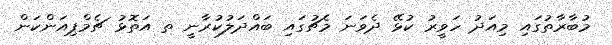
މުބާރާތުގައި މިއަދު ހަވީރު ކުޅޭ ދެވަނަ މެޗުގައި ބައްދަލުކުރާނީ ތ އަތޮޅު ޗެމްޕިއަންކަން